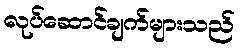
လုပ်ဆောင်ချက်များသည်